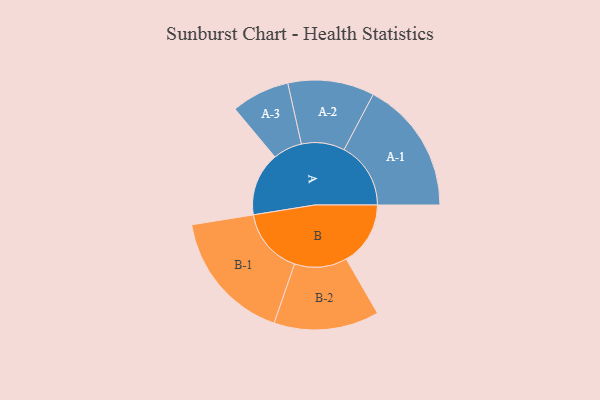
{"axis": {"x": "Segment", "y": "Value"}, "legend": ["", "A", "B"], "data": [{"x": "A", "y": 257, "type": ""}, {"x": "B", "y": 260, "type": ""}, {"x": "A-1", "y": 270, "type": "A"}, {"x": "A-2", "y": 175, "type": "A"}, {"x": "A-3", "y": 118, "type": "A"}, {"x": "B-1", "y": 268, "type": "B"}, {"x": "B-2", "y": 213, "type": "B"}]}